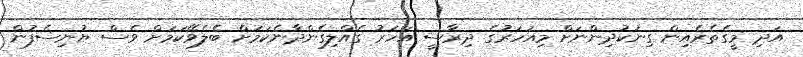
އަދި މީގެތެރެއިން ގިނަކުދިންނަށް މިއަހަރުގެ ދިރާސީ އަހަރު ގެއްލިގެންދާނެކަމަށް ބެލެވޭކަމަށް ވެސް ޔުނިސެފުން